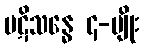
ပဋိသန္ဓေ ၄-မျိုး